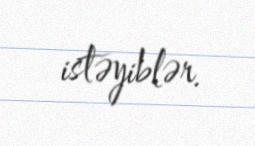
istəyiblər.